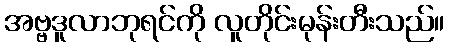
အဗ္ဗဒူလာဘုရင်ကို လူတိုင်းမုန်းတီးသည်။